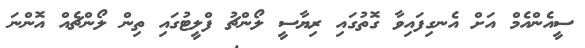
ސީއެންއެމް އަށް އެނގިފައިވާ ގޮތުގައި ރިޔާސީ ލޯންޗު ފްލީޓުގައި ތިން ލޯންޗެއް އޮންނަ